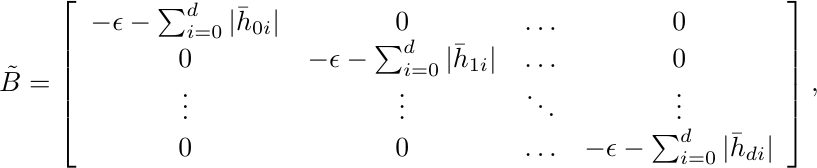
 \begin{equation*}
  \begin{aligned}
   \tilde B =
\left[ \begin{array}{cccc}
  - \epsilon - \sum_{i=0}^{d} | \bar h_{0i} |    & 0  &  \ldots  & 0  \\
 0  &   - \epsilon - \sum_{i=0}^{d} | \bar h_{1i} |  &  \ldots  & 0  \\
 \vdots  & \vdots                & \ddots  & \vdots     \\
 0  &  0  &  \ldots  &   - \epsilon - \sum_{i=0}^{d} | \bar h_{di} |  \\
 \end{array}
 \right],
   \end{aligned}
\end{equation*}